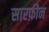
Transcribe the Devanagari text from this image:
सारफ़ीन